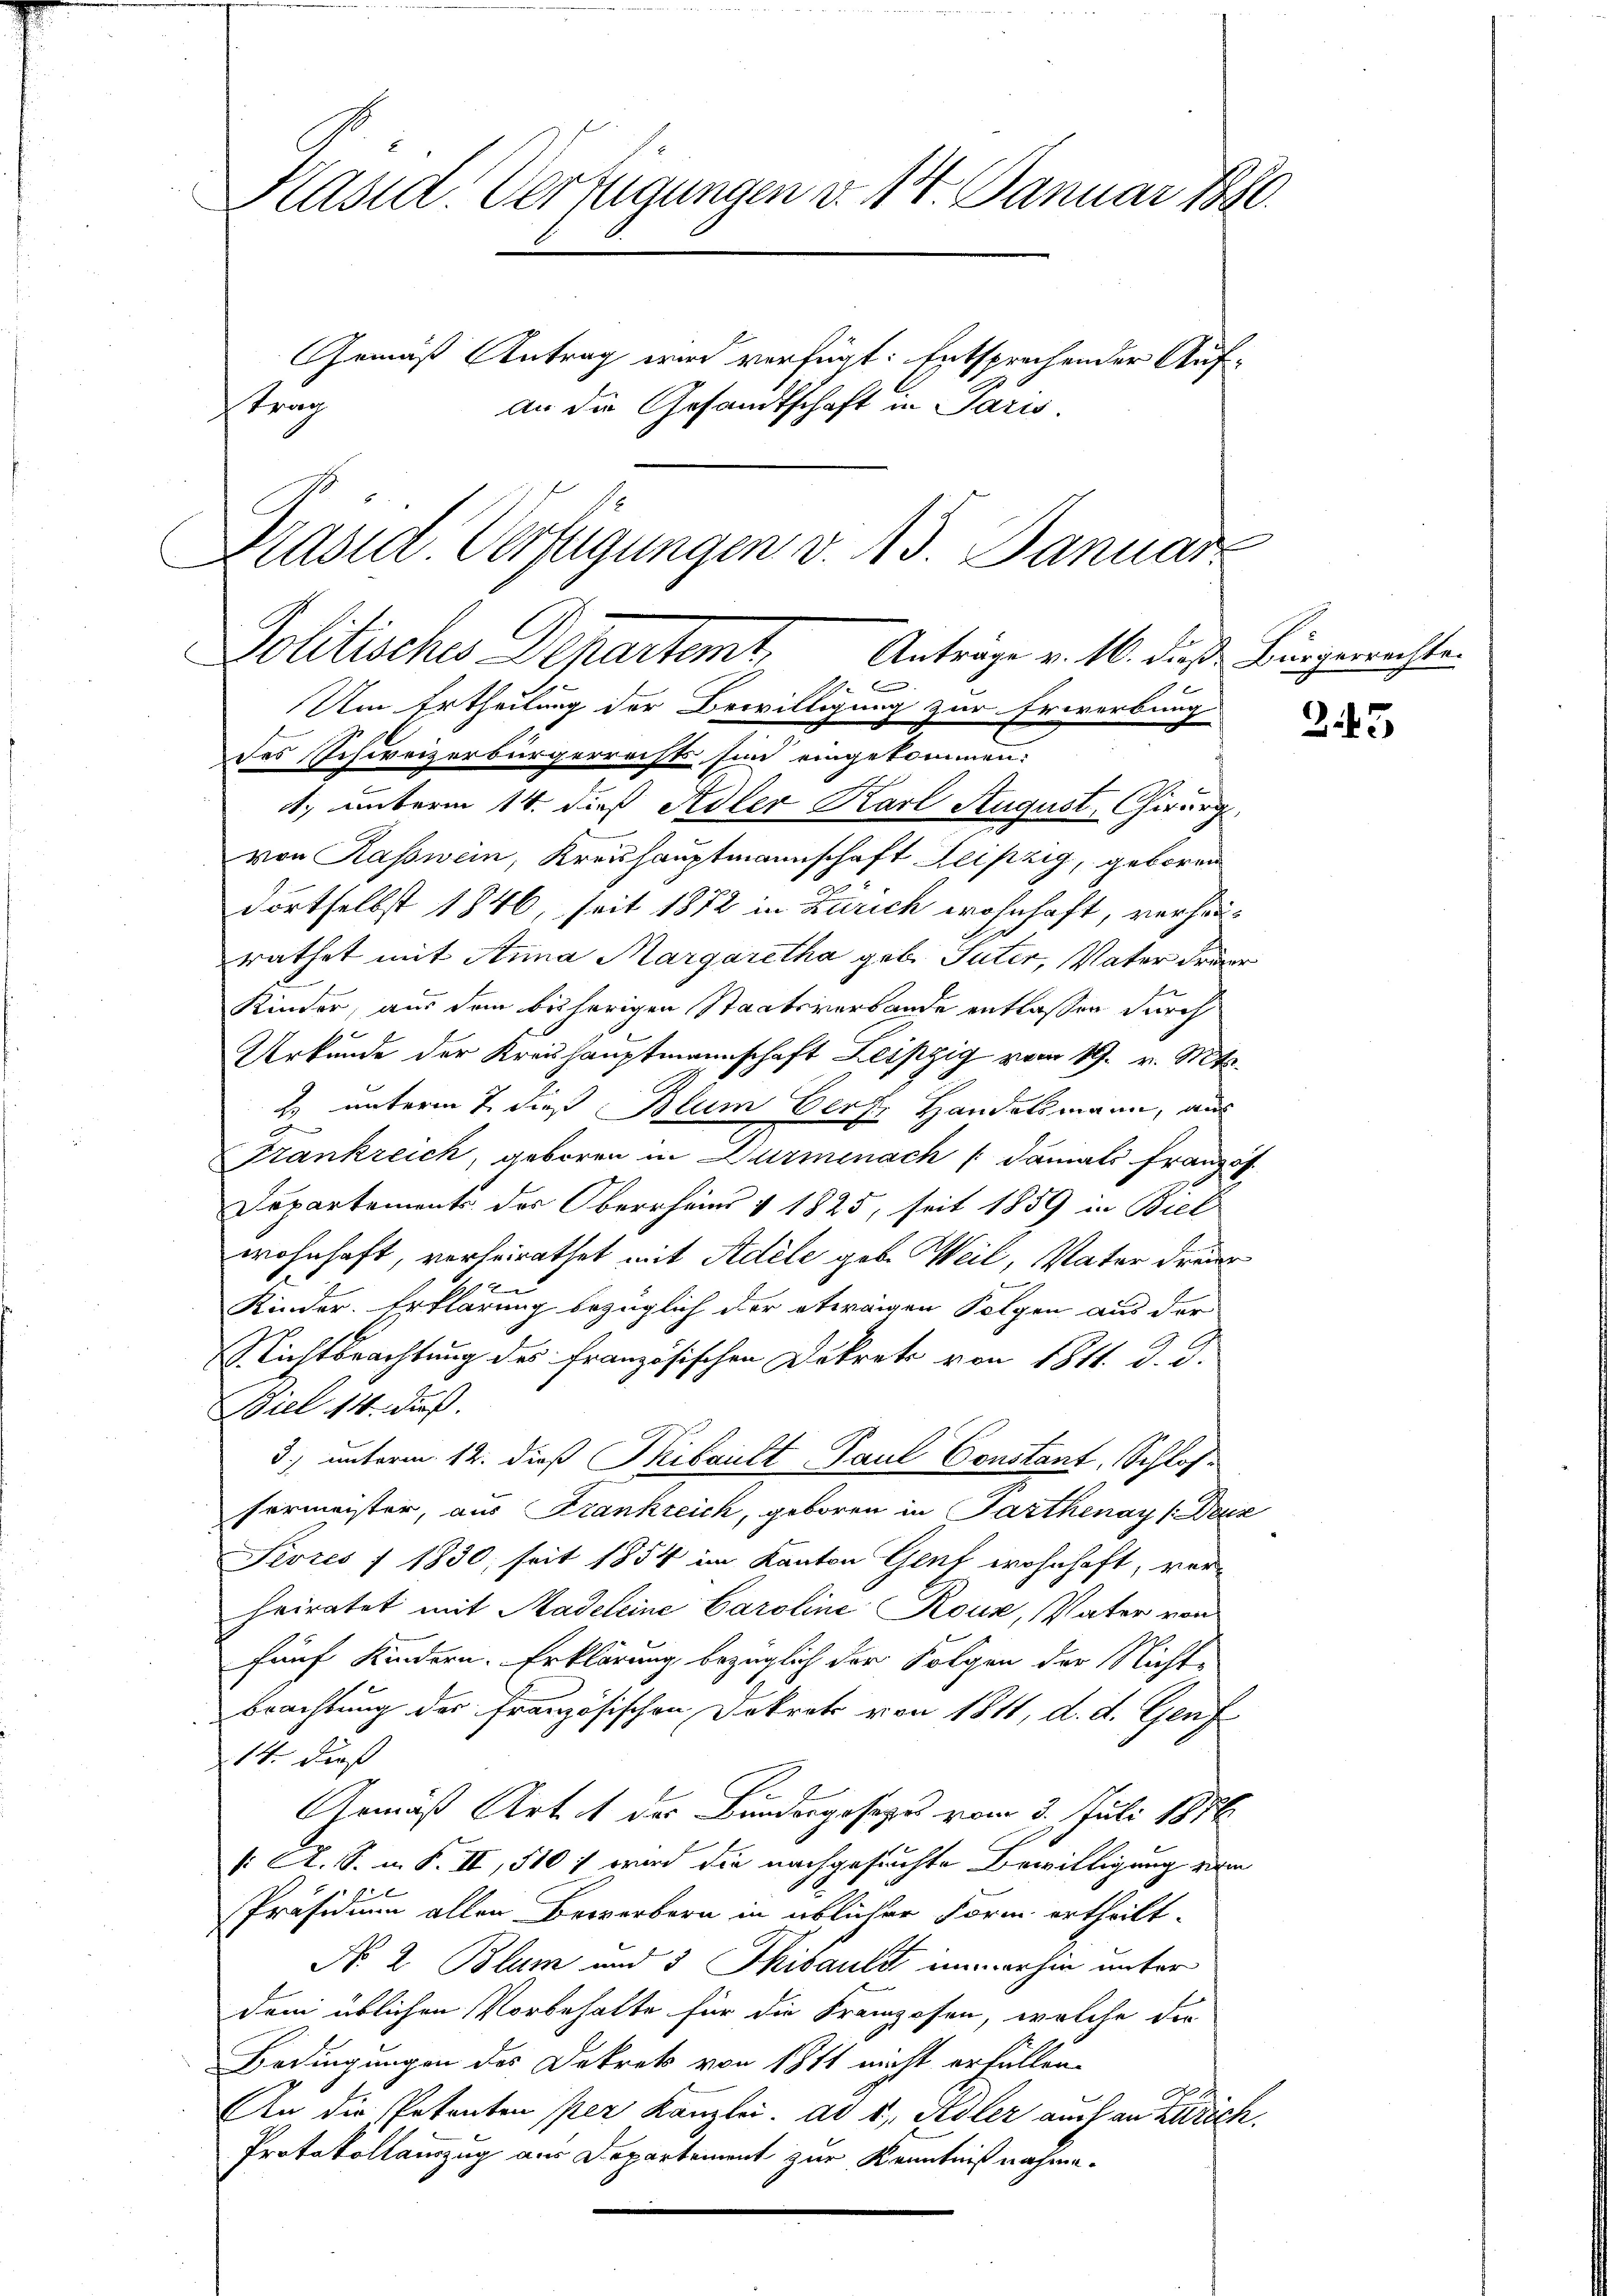
Präsid. Verfügungen v. 14. Januar 18
Gemäß Antrag wird verfügt: Entsprechender Auf¬
An die Gesandtschaft in Paris.
trag

Präsid Verfügungen v. 15. Januar
Politische Departeme,
Anträge v. 16. dieß Bürgerrechte.
B

Um Ertheilung der Bewilligung zur Erwerbung
des Schweizerbürgerrechts sind eingekommen:
4, unterm 14. dieß Adler Karl August, Chirurg
von Kasswein, Kreishauptmannschaft Leipzig, geboren
dortselbst 1846, seit 1872 in Zürich wohnhaft, verhaud
rathet mit Anna Margaretha geb. Guter, Vater driner
Kinder, aus dem bisherigen Staatsverbande entlassen durch
Urkunde der Kreishauptmannschaft Leipzig vom 19. v. Mts.
2. unterm 7. daß Blum Verf. Handelsmann, aus
c
Frankreich, geboren in Durmenach (damals Französ
Departements des Oberrheins & 1825, seit 1859 in Biel
wohnhaft, vorheirathet mit Adele geb. Weil, Vater dreier
2
Kinder. Erklärung bezüglich der etwaigen Folgen aus der
Richtbrachtung des Französischen Dekret von 1811. d. d.
Biel 14. Fuß.
3) unterm 12. dieß Thibault Paul Constant, Schlossermeister, aus Frankreich, geboren in Parthenay (Deuz
Sivres I 1830, seit 1854 im Kanton Gent wohnhaft, verheiratet mit Madeleine Caroline Rous, Vater von
fünf Kindern. Erklärung bezüglich der Folgen der Nicht-
brachtung der Französischen Dekrets von 1811, d. d. Genf
14. dieß
Gemäß Art. 1 des Bundesgesezes vom 3. Juli 1876
/: A. S. i. S. II, 510 / wird die nachgesuchte Bewilligung vom
b
Präsidium allen Bewerbern in üblicher Form ertheilt.
No 2 Blum und 3 Thibauls immerhin unter
dem üblichen Vorbehalte für die Franzosen, welche der
Bedingungen des Dekrets von 1811 nicht erfüllen.
An die Petenten per Kanzlei. ad 1, Adler auch an Zürich.
Protokollauszug aus Departement zur Kenntnißnahme.

243